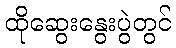
ထိုဆွေးနွေးပွဲတွင်